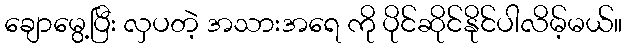
ချောမွေ့ပြီး လှပတဲ့ အသားအရေ ကို ပိုင်ဆိုင်နိုင်ပါလိမ့်မယ်။